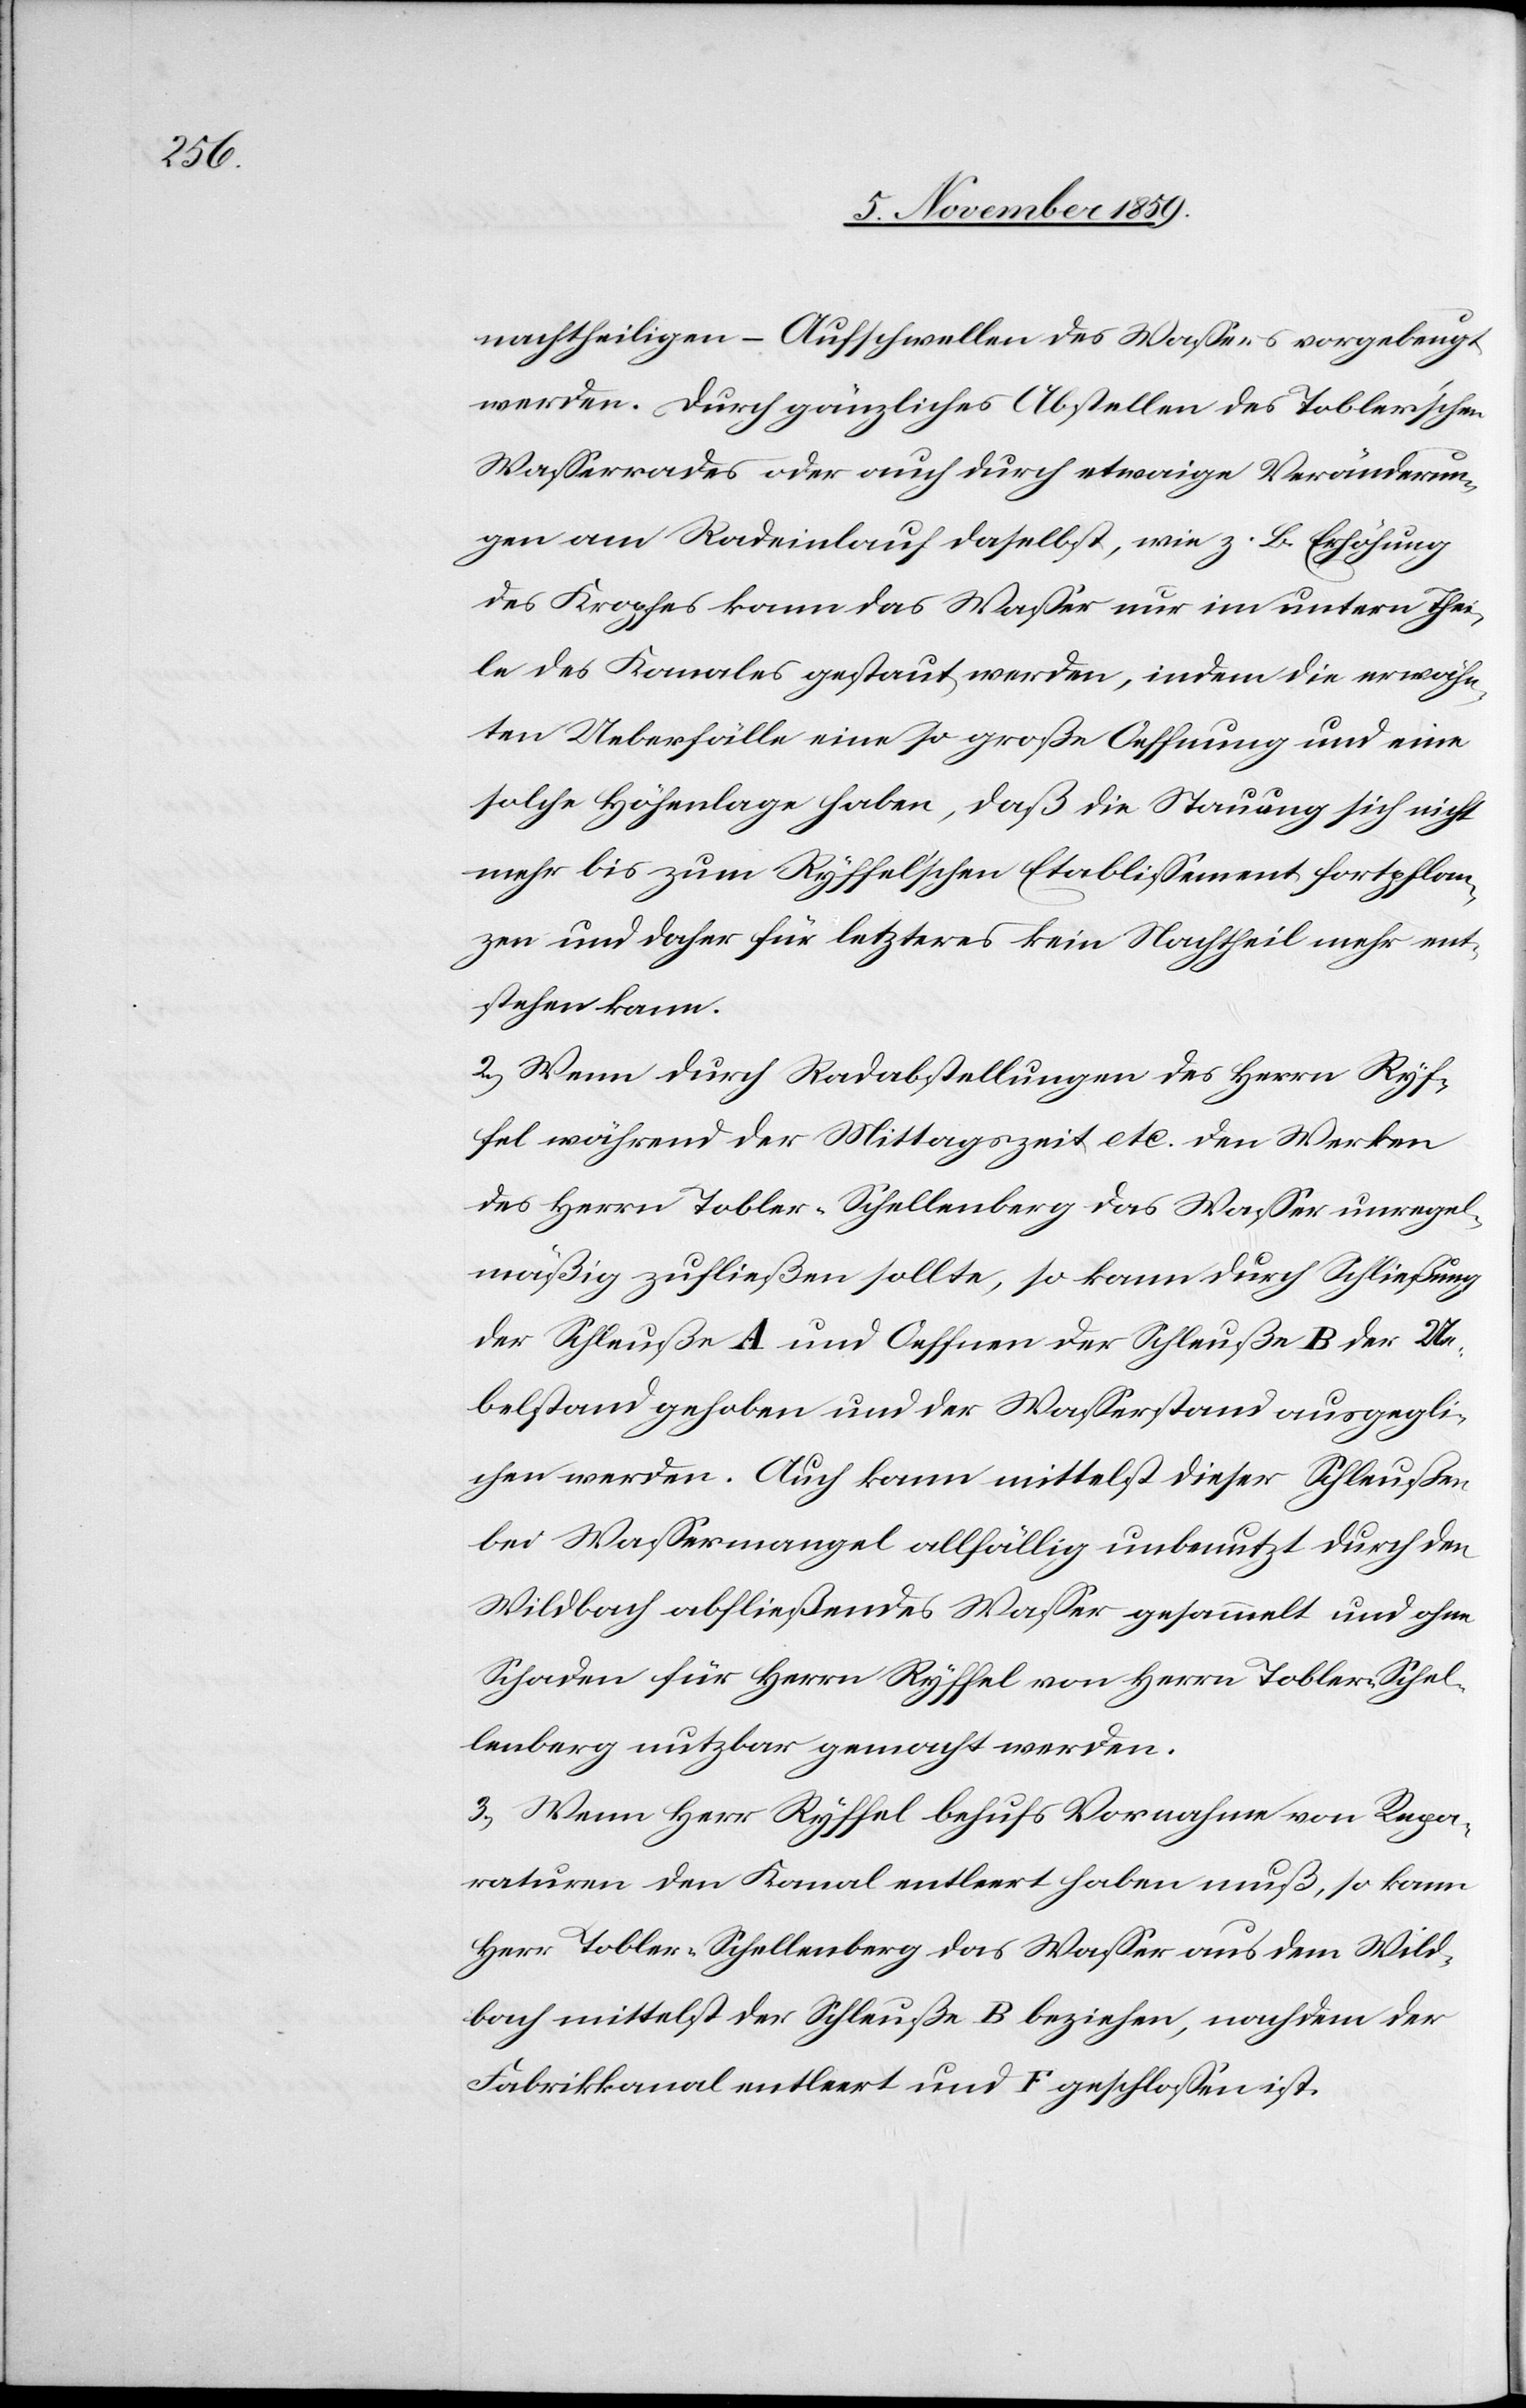
nachtheiligen – Aufschwellen des Wassers vorgebeugt
werden. Durch gänzliches Abstellen des Tobler’schen
Wasserrades oder auch durch etwaige Veränderun¬
gen am Radeinlauf daselbst, wie z. B. Erhöhung
des Kropfes kann das Wasser nur im untern Thei¬
le des Kanales gestaut werden, indem die erwähn¬
ten Ueberfälle eine so große Oeffnung und eine
solche Höhenlage haben, daß die Streuung sich nicht
mehr bis zum Ryffel’schen Etablissement fortpflan¬
zen und daher für letzteres kein Nachtheil mehr ent¬
stehen kann.
2) Wenn durch Radabstellungen des Herrn Ryf¬
fel während der Mittagszeit etc. den Werken
des Herrn Tobler-Schellenberg das Wasser unregel¬
mäßig zufließen sollte, so kann durch Schließung
der Schleuße A und Oeffnen der Schleuße B der Ue¬
belstand gehoben und der Wasserstand ausgegli¬
chen werden. Auch kann mittelst dieser Schleuße
bei Wassermangel allfällig unbenutzt durch den
Wildbach abfließendes Wasser gesammelt und ohne
Schaden für Herrn Ryffel von Herrn Tobler-Schel¬
lenberg nutzbar gemacht werden.
3) Wenn Herr Ryffel behufs Vornahme von Repa¬
raturen den Kanal entleert haben muß, so kann
Herr Tobler-Schellenberg das Wasser aus dem Wild¬
bach mittelst der Schleuße B beziehen, nachdem der
Fabrikkanal entleert und F geschlossen ist.